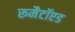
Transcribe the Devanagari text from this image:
रूमैटॉएड